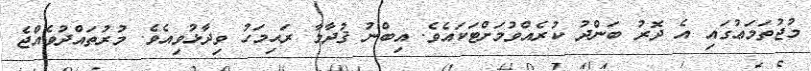
މުޖުތަމަޢުގައި އެ ދޮރު ބަންދު ކުރެއްވުމަށްޓަކައެވެ. އިބްނު ޤުދާމާ ރަޙިމަހު ވިދާޅުވިއެވެ. މުރުތައްދުވެއްޖެ